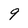
Character: 9